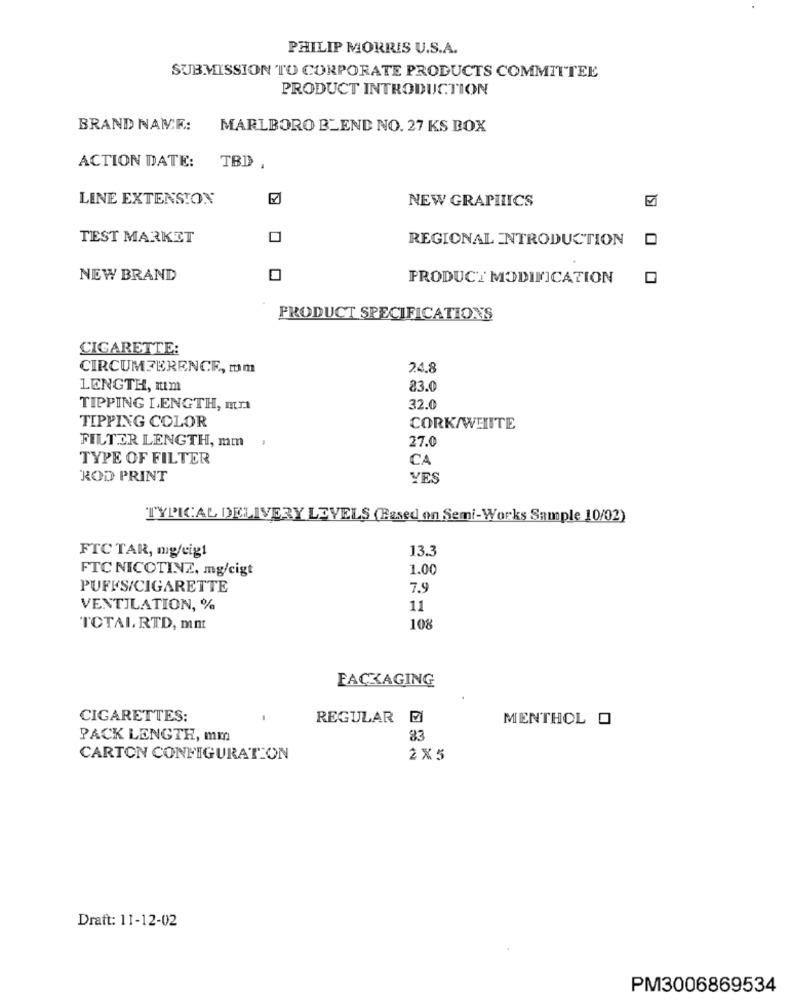
PHILIP MORRIS U.S.A.
SUBMISSION TO CORPORATE PRODUCTS COMMITTEE
PRODUCT INTRODUCTION
BRAND NAME:
MARLBORO BLEND NO. 27 KS BOX
ACTION DATE:
TBD .
LINE EXTENSION
NEW GRAPHICS
TEST MARKET
REGIONAL INTRODUCTION
NEW BRAND
PRODUCT MODIFICATION
PRODUCT SPECIFICATIONS
CIGARETTE:
CIRCUMFERENCE, mm
2.4.8
LENGTH, Im
83.0
TIPPING LENGTH, mn
32.0
TIPPING COLOR
CORK/WHITE
FILTER LENGTH, mm
27.0
TYPE OF FILTER
CA
ROD PRINT
YES
TYPICAL DELIVERY LEVELS (Based on Semi-Works Sample 10/02)
13.3
FTC TAR, mg/eig1
FTC NICOTINE, mg/cigt
1.00
PUFFS/CIGARETTE
7.9
VENTILATION, %
11
TOTAL RTD, mmt
108
PACKAGING
CIGARETTES:
REGULAR E
MENTHOL O
PACK LENGTH, mm
83
CARTON CONFIGURATION
2× 5
Draft: 11-12-02
PM3006869534